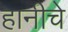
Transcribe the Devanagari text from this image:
हानीचे